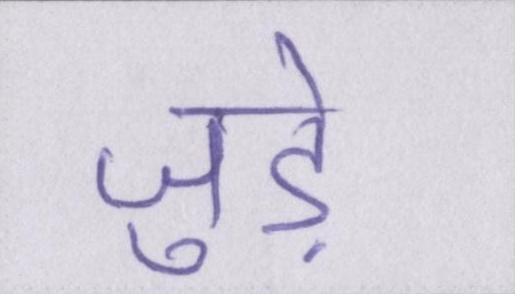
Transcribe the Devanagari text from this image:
जुडे़